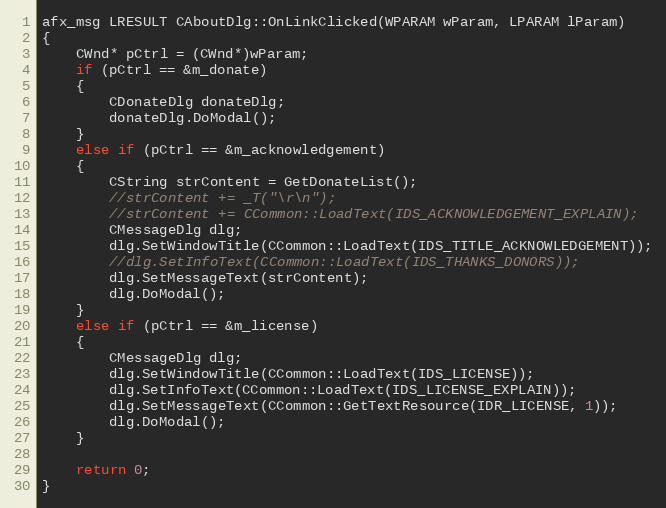
Language: C++
afx_msg LRESULT CAboutDlg::OnLinkClicked(WPARAM wParam, LPARAM lParam)
{
	CWnd* pCtrl = (CWnd*)wParam;
	if (pCtrl == &m_donate)
	{
		CDonateDlg donateDlg;
		donateDlg.DoModal();
	}
	else if (pCtrl == &m_acknowledgement)
	{
		CString strContent = GetDonateList();
		//strContent += _T("\r\n");
		//strContent += CCommon::LoadText(IDS_ACKNOWLEDGEMENT_EXPLAIN);
		CMessageDlg dlg;
		dlg.SetWindowTitle(CCommon::LoadText(IDS_TITLE_ACKNOWLEDGEMENT));
		//dlg.SetInfoText(CCommon::LoadText(IDS_THANKS_DONORS));
		dlg.SetMessageText(strContent);
		dlg.DoModal();
	}
    else if (pCtrl == &m_license)
    {
        CMessageDlg dlg;
        dlg.SetWindowTitle(CCommon::LoadText(IDS_LICENSE));
        dlg.SetInfoText(CCommon::LoadText(IDS_LICENSE_EXPLAIN));
        dlg.SetMessageText(CCommon::GetTextResource(IDR_LICENSE, 1));
        dlg.DoModal();
    }

	return 0;
}